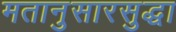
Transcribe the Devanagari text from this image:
मतानुसारसुद्धा